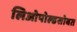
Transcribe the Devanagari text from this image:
लिओपोल्डसोबत